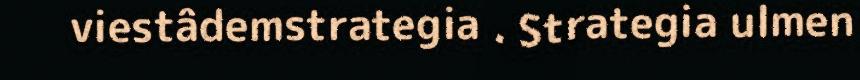
viestâdemstrategia . Strategia ulmen